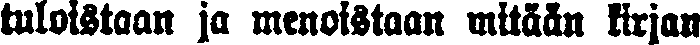
tuloistaan ja menoistaan mitään kirjan